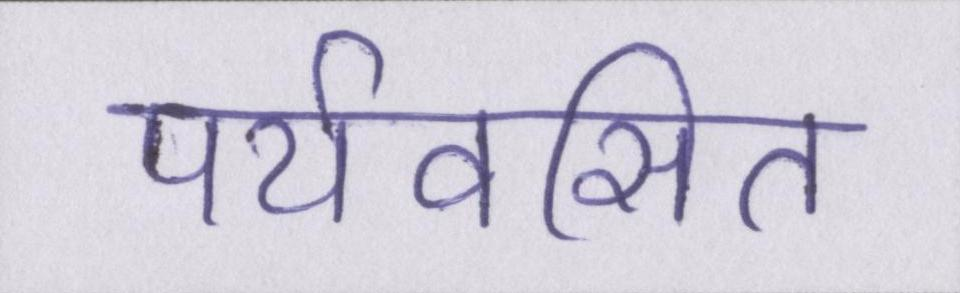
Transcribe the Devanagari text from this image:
पर्यवसित